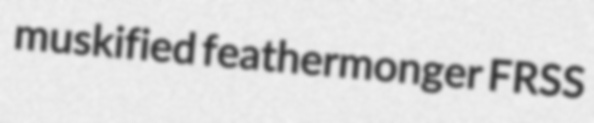
muskified feathermonger FRSS